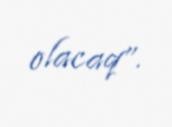
olacaq”.